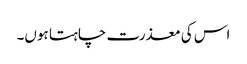
اس کی معذرت چاہتا ہوں۔